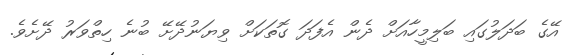
އޭގެ ބަދަލުގައި ބަލިމީހާއަށް ދެން އެފަދަ ގޮތަކަށް ވިޔަނުދޭށޭ ބުނެ ހިތްވަރު ދޭށެވެ.